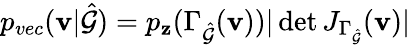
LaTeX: p_{vec}(\mathbf{v}|\hat{\mathcal{G}})=p_{\mathbf{z}}(\Gamma_{\hat{\mathcal{G}}}(\mathbf{v}))|\operatorname*{det}J_{\Gamma_{\hat{\mathcal{G}}}}(\mathbf{v})|